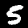
Digit: 5